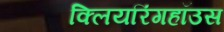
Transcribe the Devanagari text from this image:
क्लियरिंगहॉउस